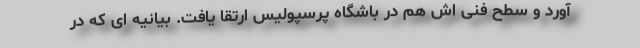
آورد و سطح فنی اش هم در باشگاه پرسپولیس ارتقا یافت. بیانیه ای که در